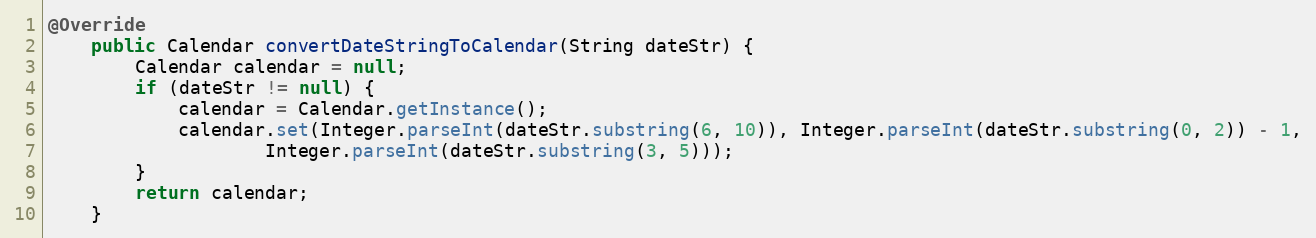
Language: Java
@Override
    public Calendar convertDateStringToCalendar(String dateStr) {
        Calendar calendar = null;
        if (dateStr != null) {
            calendar = Calendar.getInstance();
            calendar.set(Integer.parseInt(dateStr.substring(6, 10)), Integer.parseInt(dateStr.substring(0, 2)) - 1,
                    Integer.parseInt(dateStr.substring(3, 5)));
        }
        return calendar;
    }